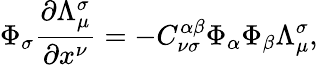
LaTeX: \Phi_{\sigma}\frac{\partial\Lambda_{\mu}^{\sigma}}{\partial x^{\nu}}=-C_{\nu\sigma}^{\alpha\beta}\Phi_{\alpha}\Phi_{\beta}\Lambda_{\mu}^{\sigma},